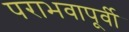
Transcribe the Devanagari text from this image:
पराभवापूर्वी